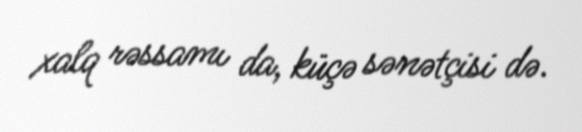
xalq rəssamı da, küçə sənətçisi də.